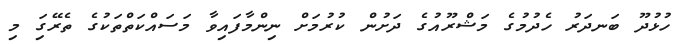
ހުޅުދޫ ބަނދަރު ހެދުމުގެ މަޝްރޫއުގެ ދަށުން ކުރުމަށް ނިންމާފައިވާ މަސައްކަތްތަކުގެ ތެރޭގަި މި